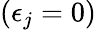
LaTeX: (\epsilon_{j}=0)